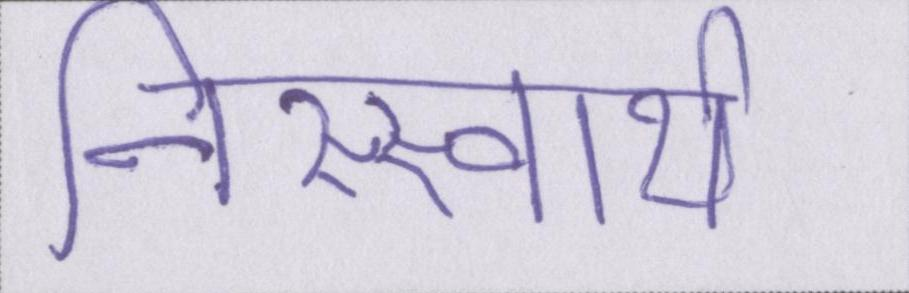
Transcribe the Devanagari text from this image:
निस्स्वार्थ